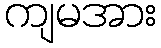
ကျမအား